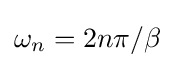
{\textstyle \omega _{n}=2n\pi /\beta }